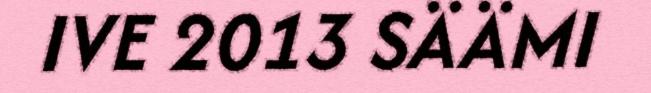
IVE 2013 SÄÄMI